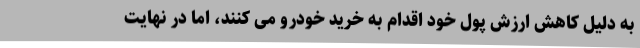
به دلیل کاهش ارزش پول خود اقدام به خرید خودرو می کنند، اما در نهایت